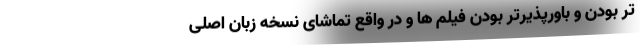
تر بودن و باورپذیرتر بودن فیلم ها و در واقع تماشای نسخه زبان اصلی